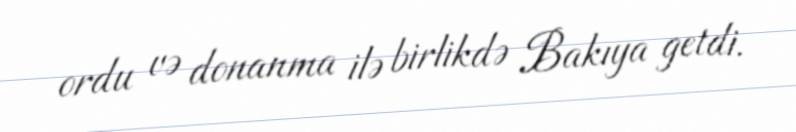
ordu və donanma ilə birlikdə Bakıya getdi.